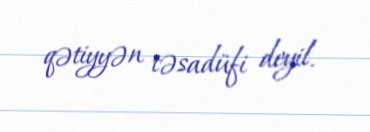
qətiyyən təsadüfi deyil.